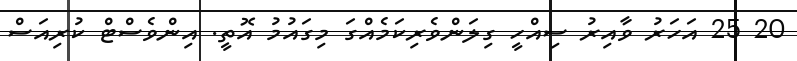
20 25 އަހަރު ވާއިރު ސިއްހީ ގިލަންވެރިކަމެއްގަ މިގައުމު އޮތީ. އިންވެސްޓް ކުރިއަސް